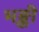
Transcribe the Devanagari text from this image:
भङ्की